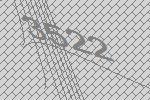
3522